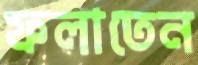
ফলাতেন